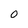
Character: 0